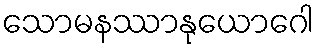
သောမနဿာနုယောဂေါ